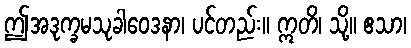
ဤအဒုက္ခမသုခါဝေဒနာ၊ ပင်တည်း။ ဣတိ၊ သို့။ ဧသာ၊